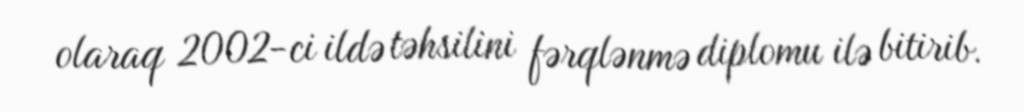
olaraq 2002-ci ildə təhsilini fərqlənmə diplomu ilə bitirib.